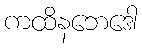
ကထိနဘေဒေါ